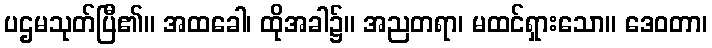
ပဌမသုတ်ပြီ၏။ အထခေါ၊ ထိုအခါ၌။ အညတရာ၊ မထင်ရှားသော။ ဒေဝတာ၊